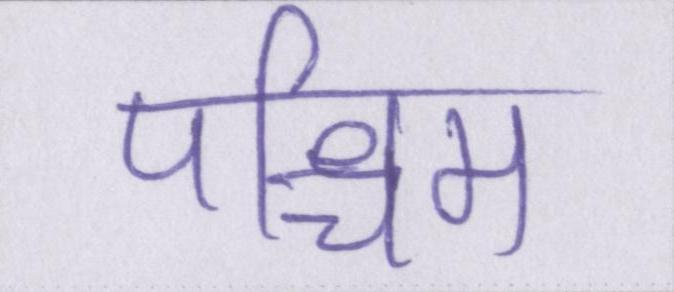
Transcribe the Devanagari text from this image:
पश्चिम